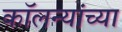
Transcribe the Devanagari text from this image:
कॉलन्यांच्या